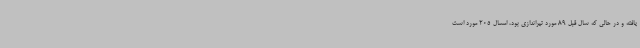
یافته و در حالی که سال قبل 89 مورد تیراندازی بود، امسال 205 مورد است